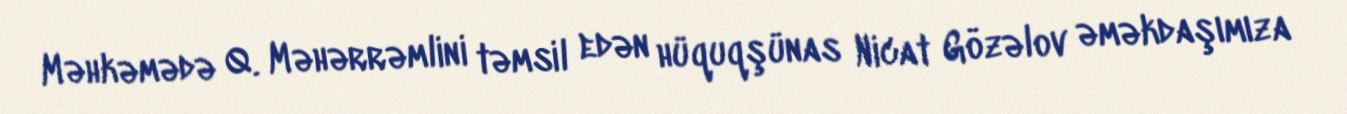
Məhkəmədə Q. Məhərrəmlini təmsil edən hüquqşünas Nicat Gözəlov əməkdaşımıza